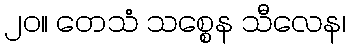
၂၀။ တေသံ သစ္စေန သီလေန၊